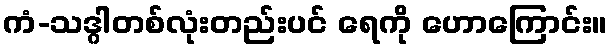
ကံ-သဒ္ဂါတစ်လုံးတည်းပင် ရေကို ဟောကြောင်း။